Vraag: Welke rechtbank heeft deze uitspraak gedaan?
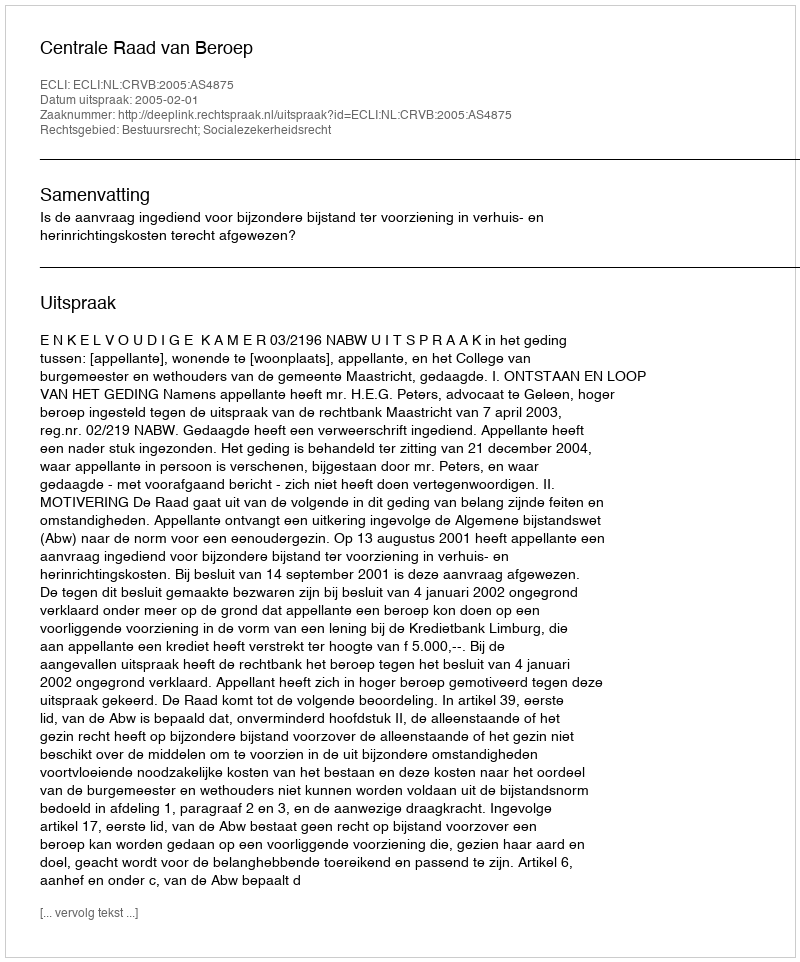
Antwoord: Centrale Raad van Beroep